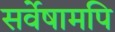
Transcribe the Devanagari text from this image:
सर्वेषामपि